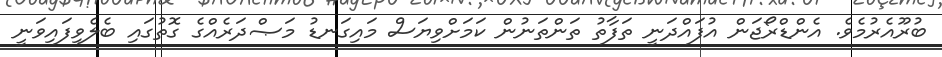
ބުރޫއެރުމެވެ. އެންޑްރޯޖަން އުފައްދަނީ ތަފާތު ތަންތަނުން ކަމަށްވިޔަސް މައިގަނޑު މަޞްދަރެއްގެ ގޮތުގައި ބެލެވިފައިވަނީ